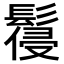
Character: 𩮕